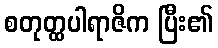
စတုတ္ထပါရာဇိက ပြီး၏